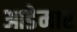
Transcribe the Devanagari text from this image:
आडेमार